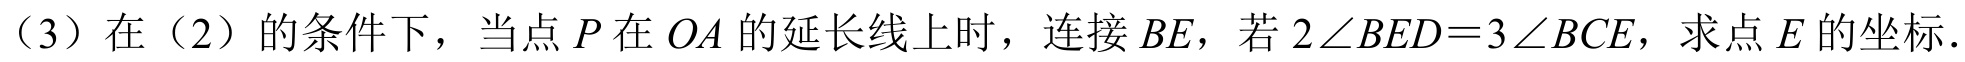
（3）在（2）的条件下，当点\(P\)在\(OA\)的延长线上时，连接\(BE\)，若\(2\angle BED = 3\angle BCE\)，求点\(E\)的坐标.